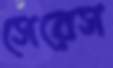
সেরেস